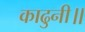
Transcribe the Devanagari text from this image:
काढुनी॥